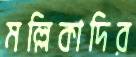
মল্লিকাদির